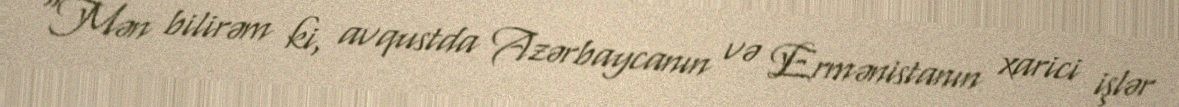
“Mən bilirəm ki, avqustda Azərbaycanın və Ermənistanın xarici işlər